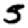
Digit: 5